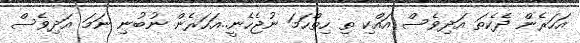
އަހަރެން ދެކެތަ އަދިވެސް އައްކި ތި ހިތްހަމަ ނުޖެހެނީ..އަހަރެން ނުބުނި ނަމަ އަދިވެސް